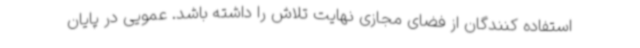
استفاده کنندگان از فضای مجازی نهایت تلاش را داشته باشد. عمویی در پایان